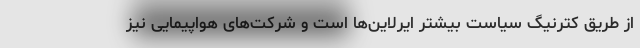
از طریق کترنیگ سیاست بیشتر ایرلاین‌ها است و شرکت‌های هواپیمایی نیز